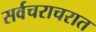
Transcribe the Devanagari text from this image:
सर्वचराचरात